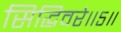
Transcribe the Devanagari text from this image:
सिद्धिवरे॥५॥